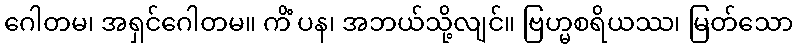
ဂေါတမ၊ အရှင်ဂေါတမ။ ကိံ ပန၊ အဘယ်သို့လျင်။ ဗြဟ္မစရိယဿ၊ မြတ်သော